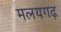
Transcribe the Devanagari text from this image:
मलयगढ़